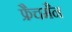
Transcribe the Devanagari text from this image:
फ्रैचमैन